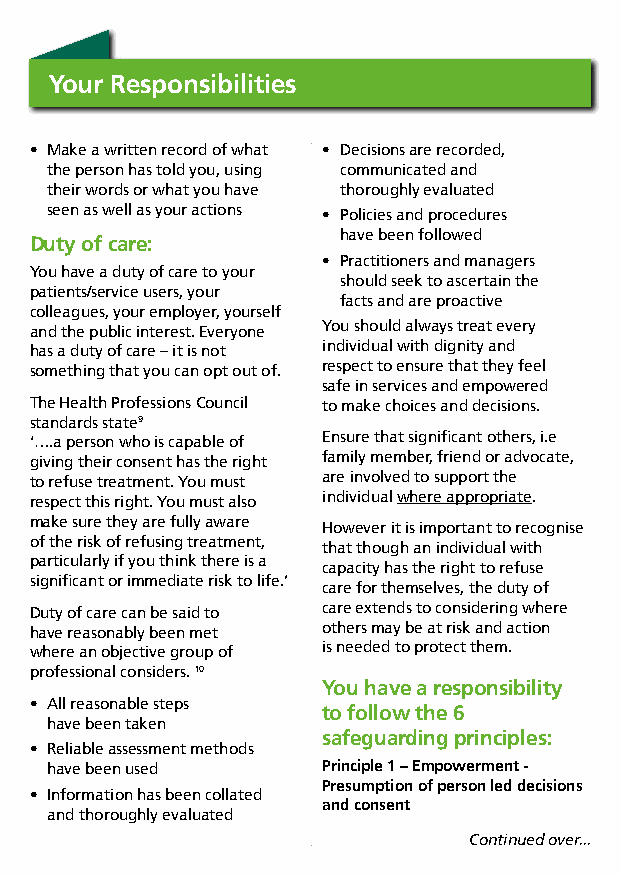
Your Responsibilities
 • Make a written record of what • Decisions are recorded,
 the person has told you, using communicated and
 their words or what you have thoroughly evaluated
 seen as well as your actions • Policies and procedures
 have been followed
 Duty of care:
 • Practitioners and managers
 You have a duty of care to your
 should seek to ascertain the
 patients/service users, your
 facts and are proactive
 colleagues, your employer, yourself
 and the public interest. Everyone You should always treat every
 has a duty of care – it is not individual with dignity and
 something that you can opt out of. respect to ensure that they feel
 safe in services and empowered
 The Health Professions Council to make choices and decisions.
 standards state9
 ‘….a person who is capable of Ensure that significant others, i.e
 giving their consent has the right family member, friend or advocate,
 to refuse treatment. You must are involved to support the
 respect this right. You must also individual where appropriate.
 make sure they are fully aware
 However it is important to recognise
 of the risk of refusing treatment,
 that though an individual with
 particularly if you think there is a
 capacity has the right to refuse
 significant or immediate risk to life.’
 care for themselves, the duty of
 Duty of care can be said to care extends to considering where
 have reasonably been met others may be at risk and action
 where an objective group of is needed to protect them.
 professional considers. 10
 You have a responsibility
 • All reasonable steps
 to follow the 6
 have been taken
 safeguarding principles:
 • Reliable assessment methods
 have been used    Principle 1 – empowerment -
 Presumption of person led decisions
 • Information has been collated
 and consent
 and thoroughly evaluated
 Continued over...